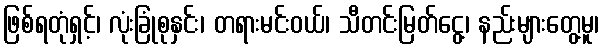
ဖြစ်ရတုံရှင့်၊ လုံးခြုံစုနှင်း၊ တရားမင်းဝယ်၊ သီတင်းမြတ်ငွေ့၊ နည်းများတွေ့မူ၊